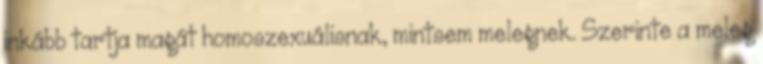
inkább tartja magát homoszexuálisnak, mintsem melegnek. Szerinte a meleg